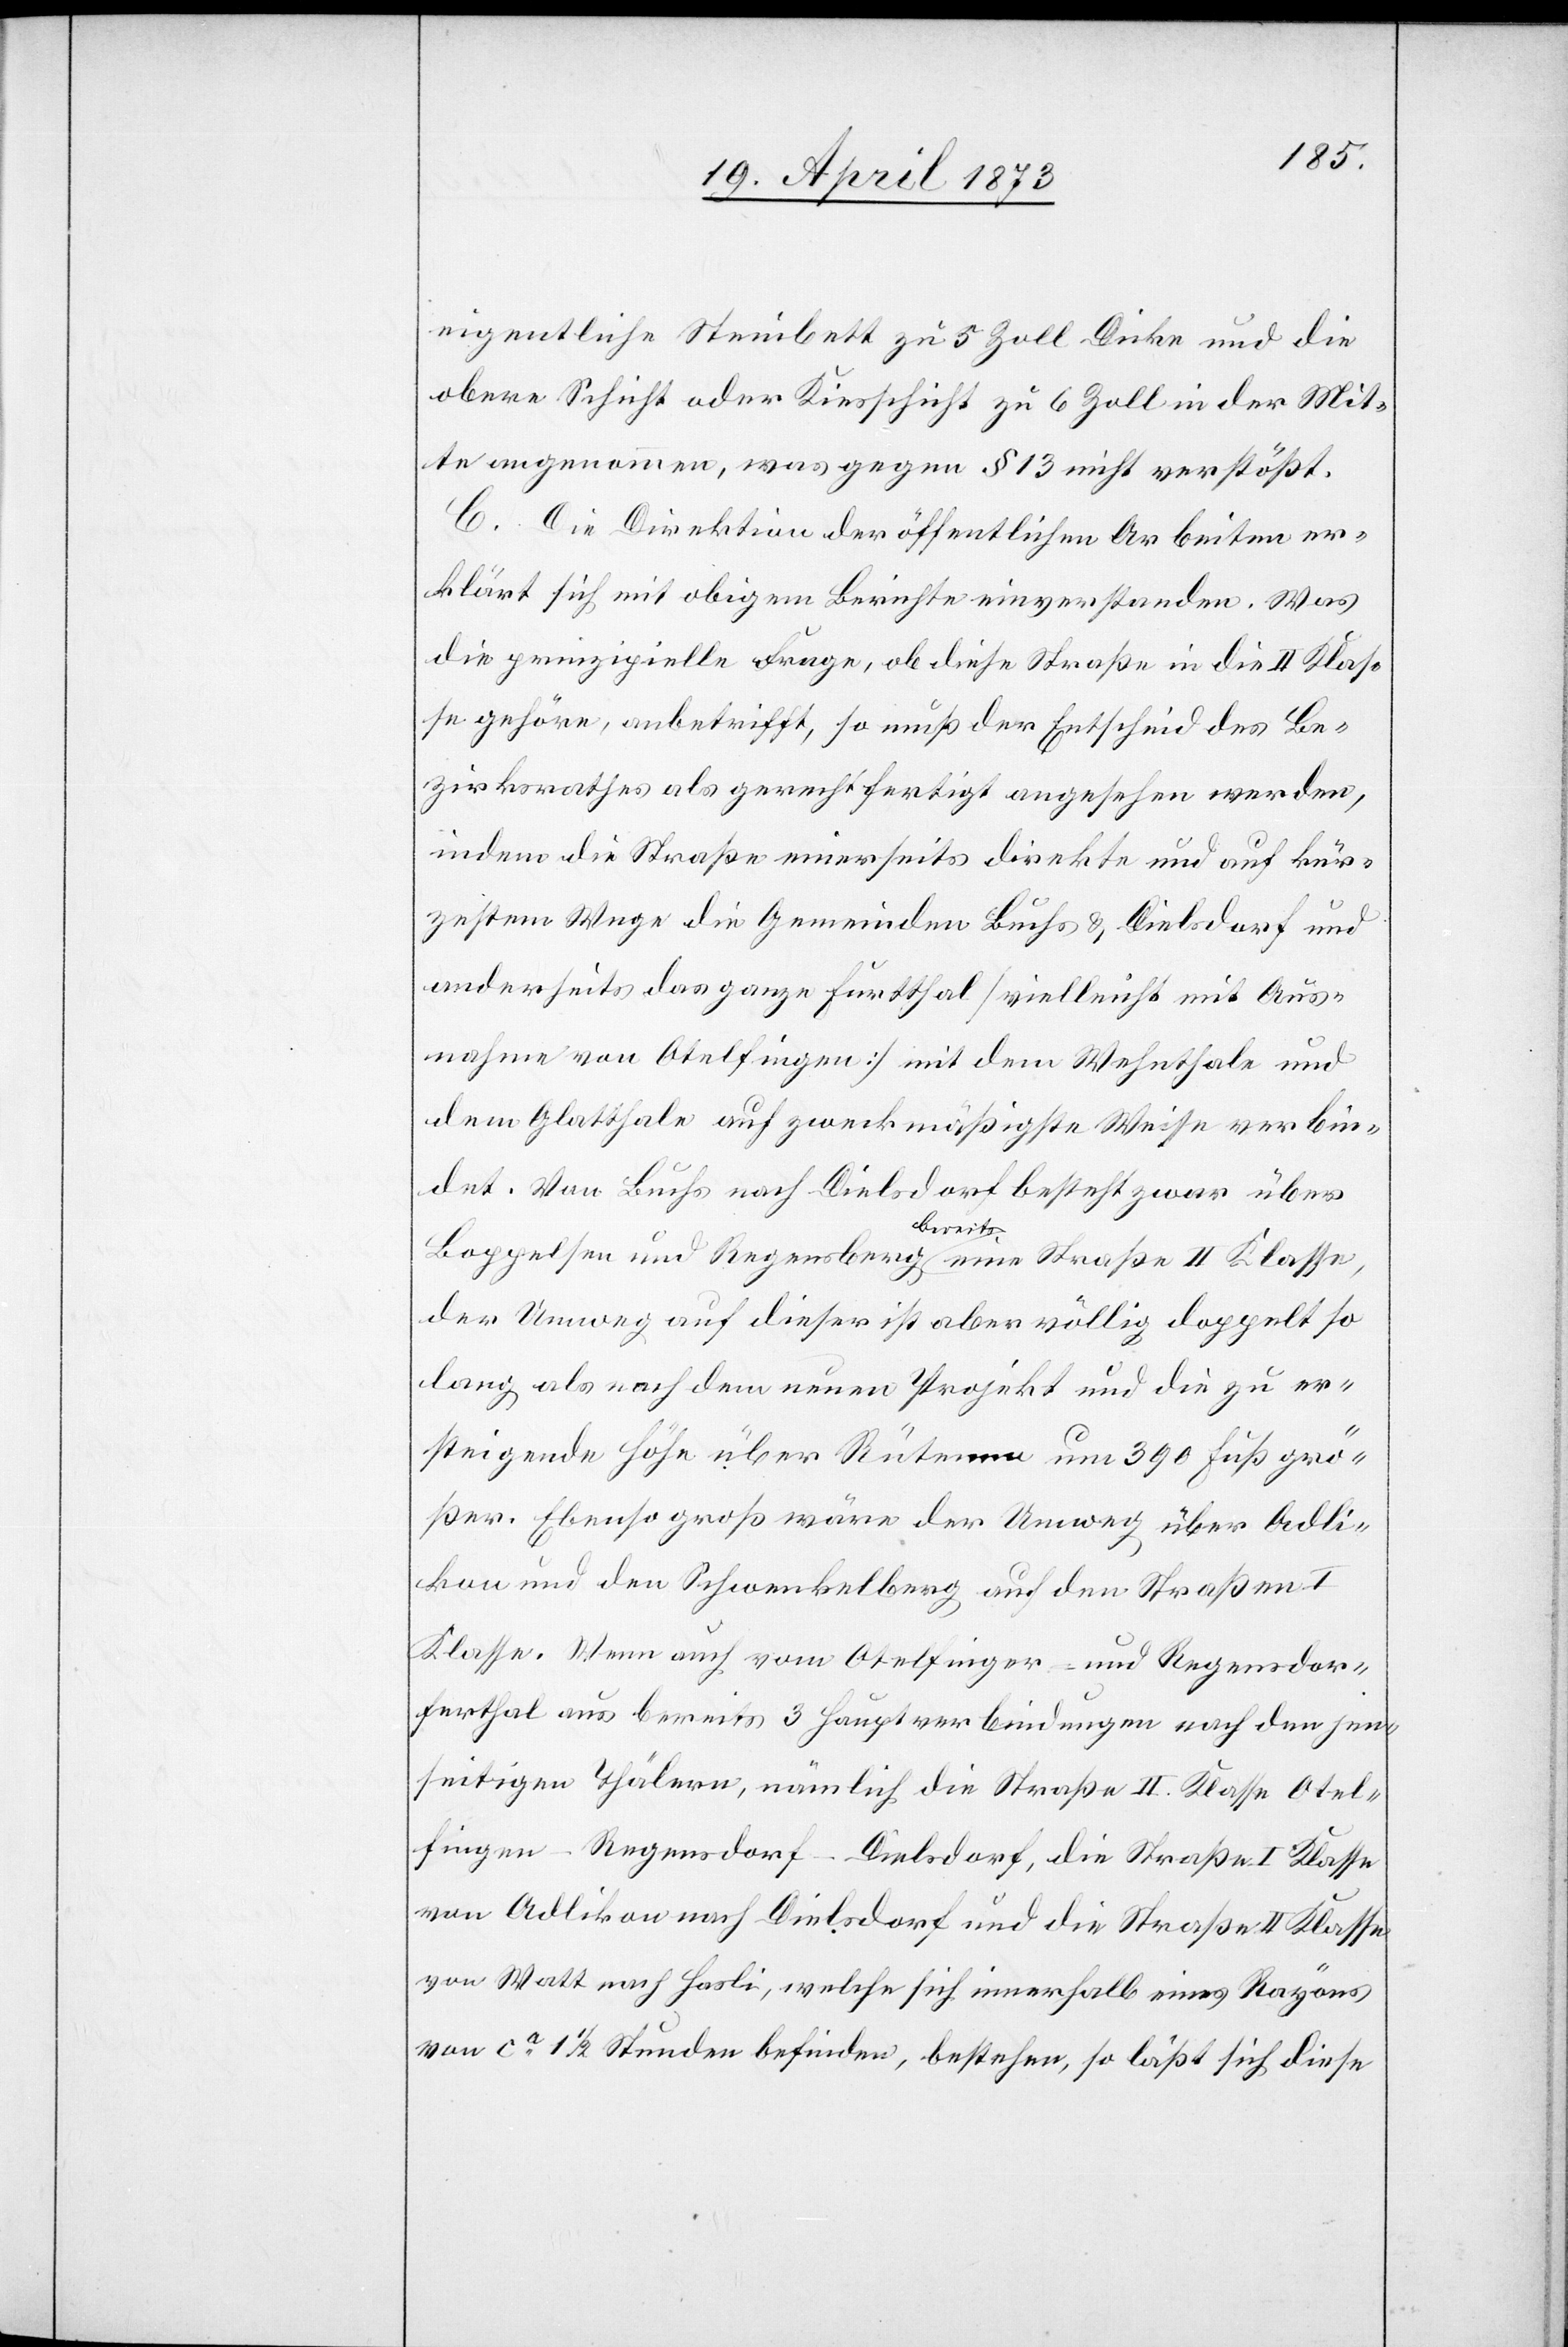
eigentliche Steinbett zu 5 Zoll Dicke und die
obere Schicht oder Kiesschicht zu 6 Zoll in der Mit¬
te angenommen, was gegen § 13 nicht verstößt.
C. Die Direktion der öffentlichen Arbeiten er¬
klärt sich mit obigem Berichte einverstanden. Was
die prinzipielle Frage, ob diese Straße in die II Klas¬
se gehöre, anbetrifft, so muß der Entscheid des Be¬
zirksrathes als gerechtfertigt angesehen werden,
indem die Straße einerseits direkte und auf kür¬
zestem Wege die Gemeinden Buchs & Dielsdorf und
anderseits das ganze Furtthal [vielleicht mit Aus¬
nahme von Otelfingen] mit dem Wehnthale und
dem Glatthale auf zweckmäßigste Weise verbin¬
det. Von Buchs nach Dielsdorf besteht zwar über
Boppelsen und Regensberg bereits eine Straße II Klasse,
der Umweg auf dieser ist aber völlig doppelt so
lang als nach dem neuen Projekt und die zu er¬
steigende Höhe über Rütenen um 390 Fuß grö¬
ßer. Ebenso groß wäre der Umweg über Adli¬
kon und den Schwenkelberg auf den Straßen I
Klasse. Wenn auch vom Otelfinger- und Regensdor¬
ferthal aus bereits 3 Hauptverbindungen nach den jen¬
seitigen Thälern, nämlich die Straße II. Klasse Otel¬
fingen–Regensdorf–Dielsdorf, die Straße I Klasse
von Adlikon nach Dielsdorf und die Straße II Klasse
von Watt nach Hasli, welche sich innerhalb eines Rayons
von ca 1 1/2 Stunden befinden, bestehen, so läßt sich diese